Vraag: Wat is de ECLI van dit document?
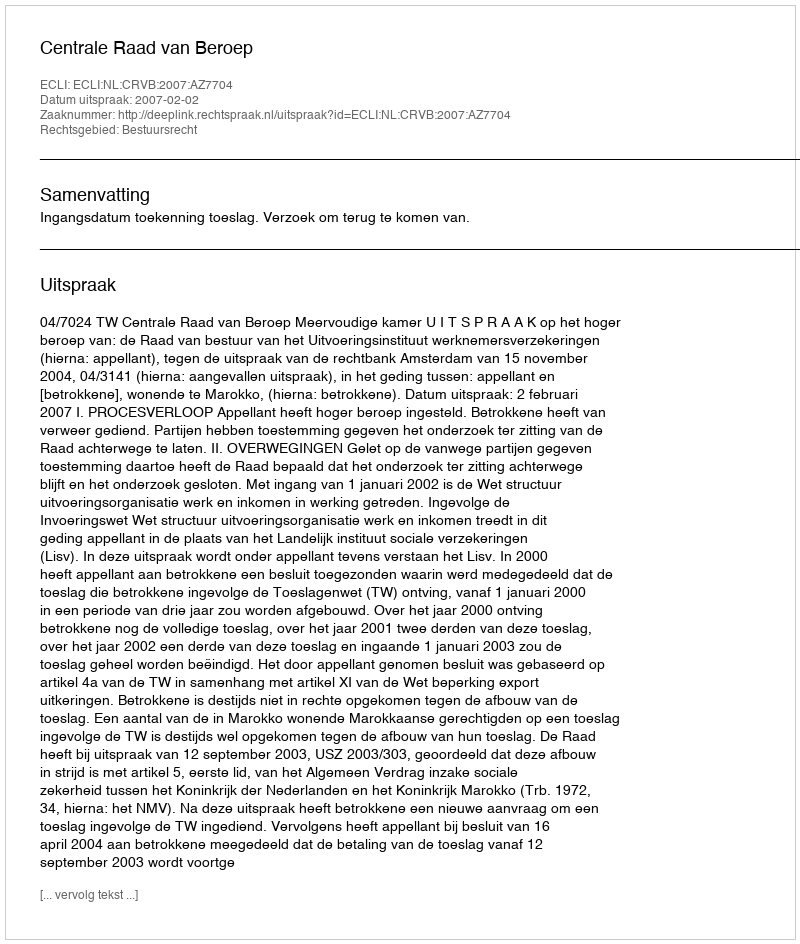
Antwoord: ECLI:NL:CRVB:2007:AZ7704